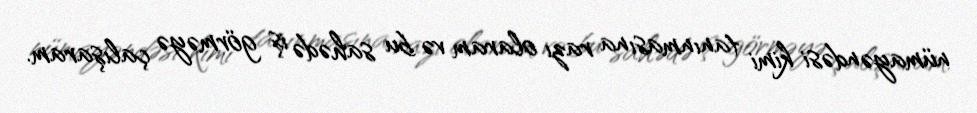
nümayəndəsi kimi tanınmasına razı olaram və bu sahədə iş görməyə çalışaram.